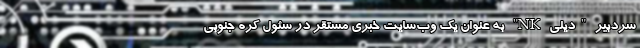
سردبیر "دیلی NK" به عنوان یک وب‌سایت خبری مستقر در سئول کره جنوبی